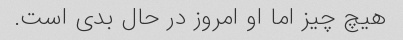
هیچ چیز اما او امروز در حال بدی است.